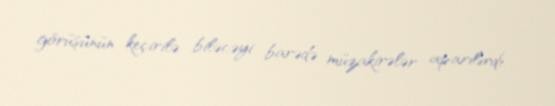
görüşünün keçirilə biləcəyi barədə müzakirələr aparılırdı.